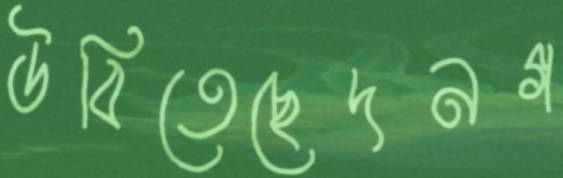
উবিতেছেদনগ